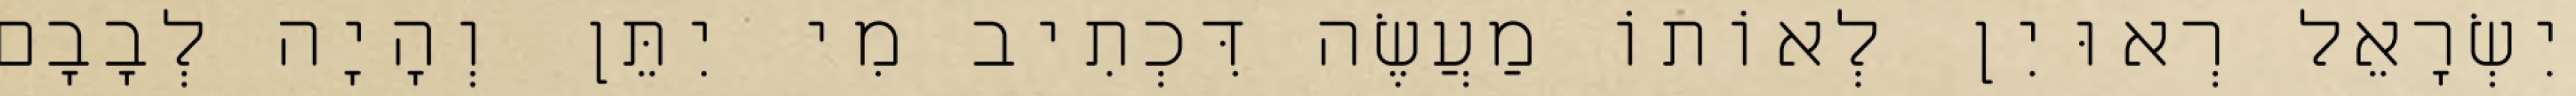
יִשְׂרָאֵל רְאוּיִן לְאוֹתוֹ מַעֲשֶׂה דִּכְתִיב מִי יִתֵּן וְהָיָה לְבָבָם